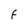
Character: F